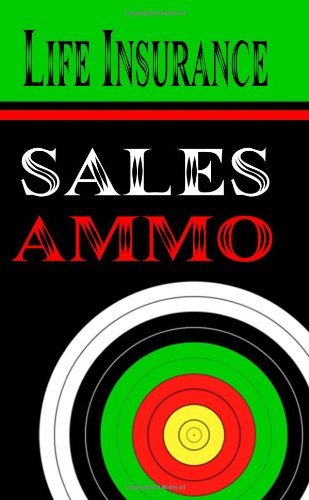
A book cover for Life Insurance Sales Ammo: What To Say In Every Life Insurance Sales Situation; Bill Greenback; Business & Money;